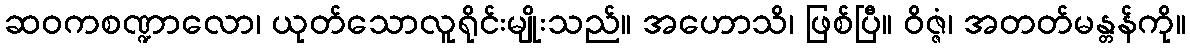
ဆဝကစဏ္ဍာလော၊ ယုတ်သောလူရိုင်းမျိုးသည်။ အဟောသိ၊ ဖြစ်ပြီ။ ဝိဇ္ဇံ၊ အတတ်မန္တန်ကို။